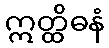
ဣတ္ထိဓနံ